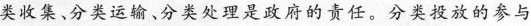
类收集、分类运输、分类处理是政府的责任。分类投放的参与